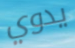
يدوي